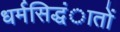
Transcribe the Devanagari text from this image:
धर्मसिद्धंातों